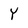
Character: Y